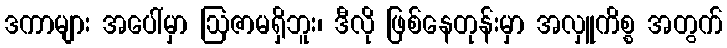
ဒကာများ အပေါ်မှာ ဩဇာမရှိဘူး၊ ဒီလို ဖြစ်နေတုန်းမှာ အလှူကိစ္စ အတွက်